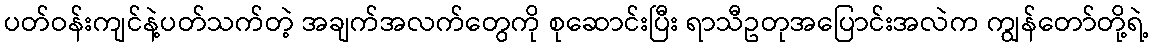
ပတ်ဝန်းကျင်နဲ့ပတ်သက်တဲ့ အချက်အလက်တွေကို စုဆောင်းပြီး ရာသီဥတုအပြောင်းအလဲက ကျွန်တော်တို့ရဲ့